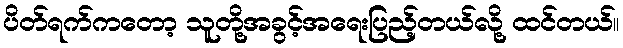
ပိတ်ရက်ကတော့ သူတို့အခွင့်အရေးပြည့်တယ်လို့ ထင်တယ်။